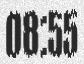
08:55